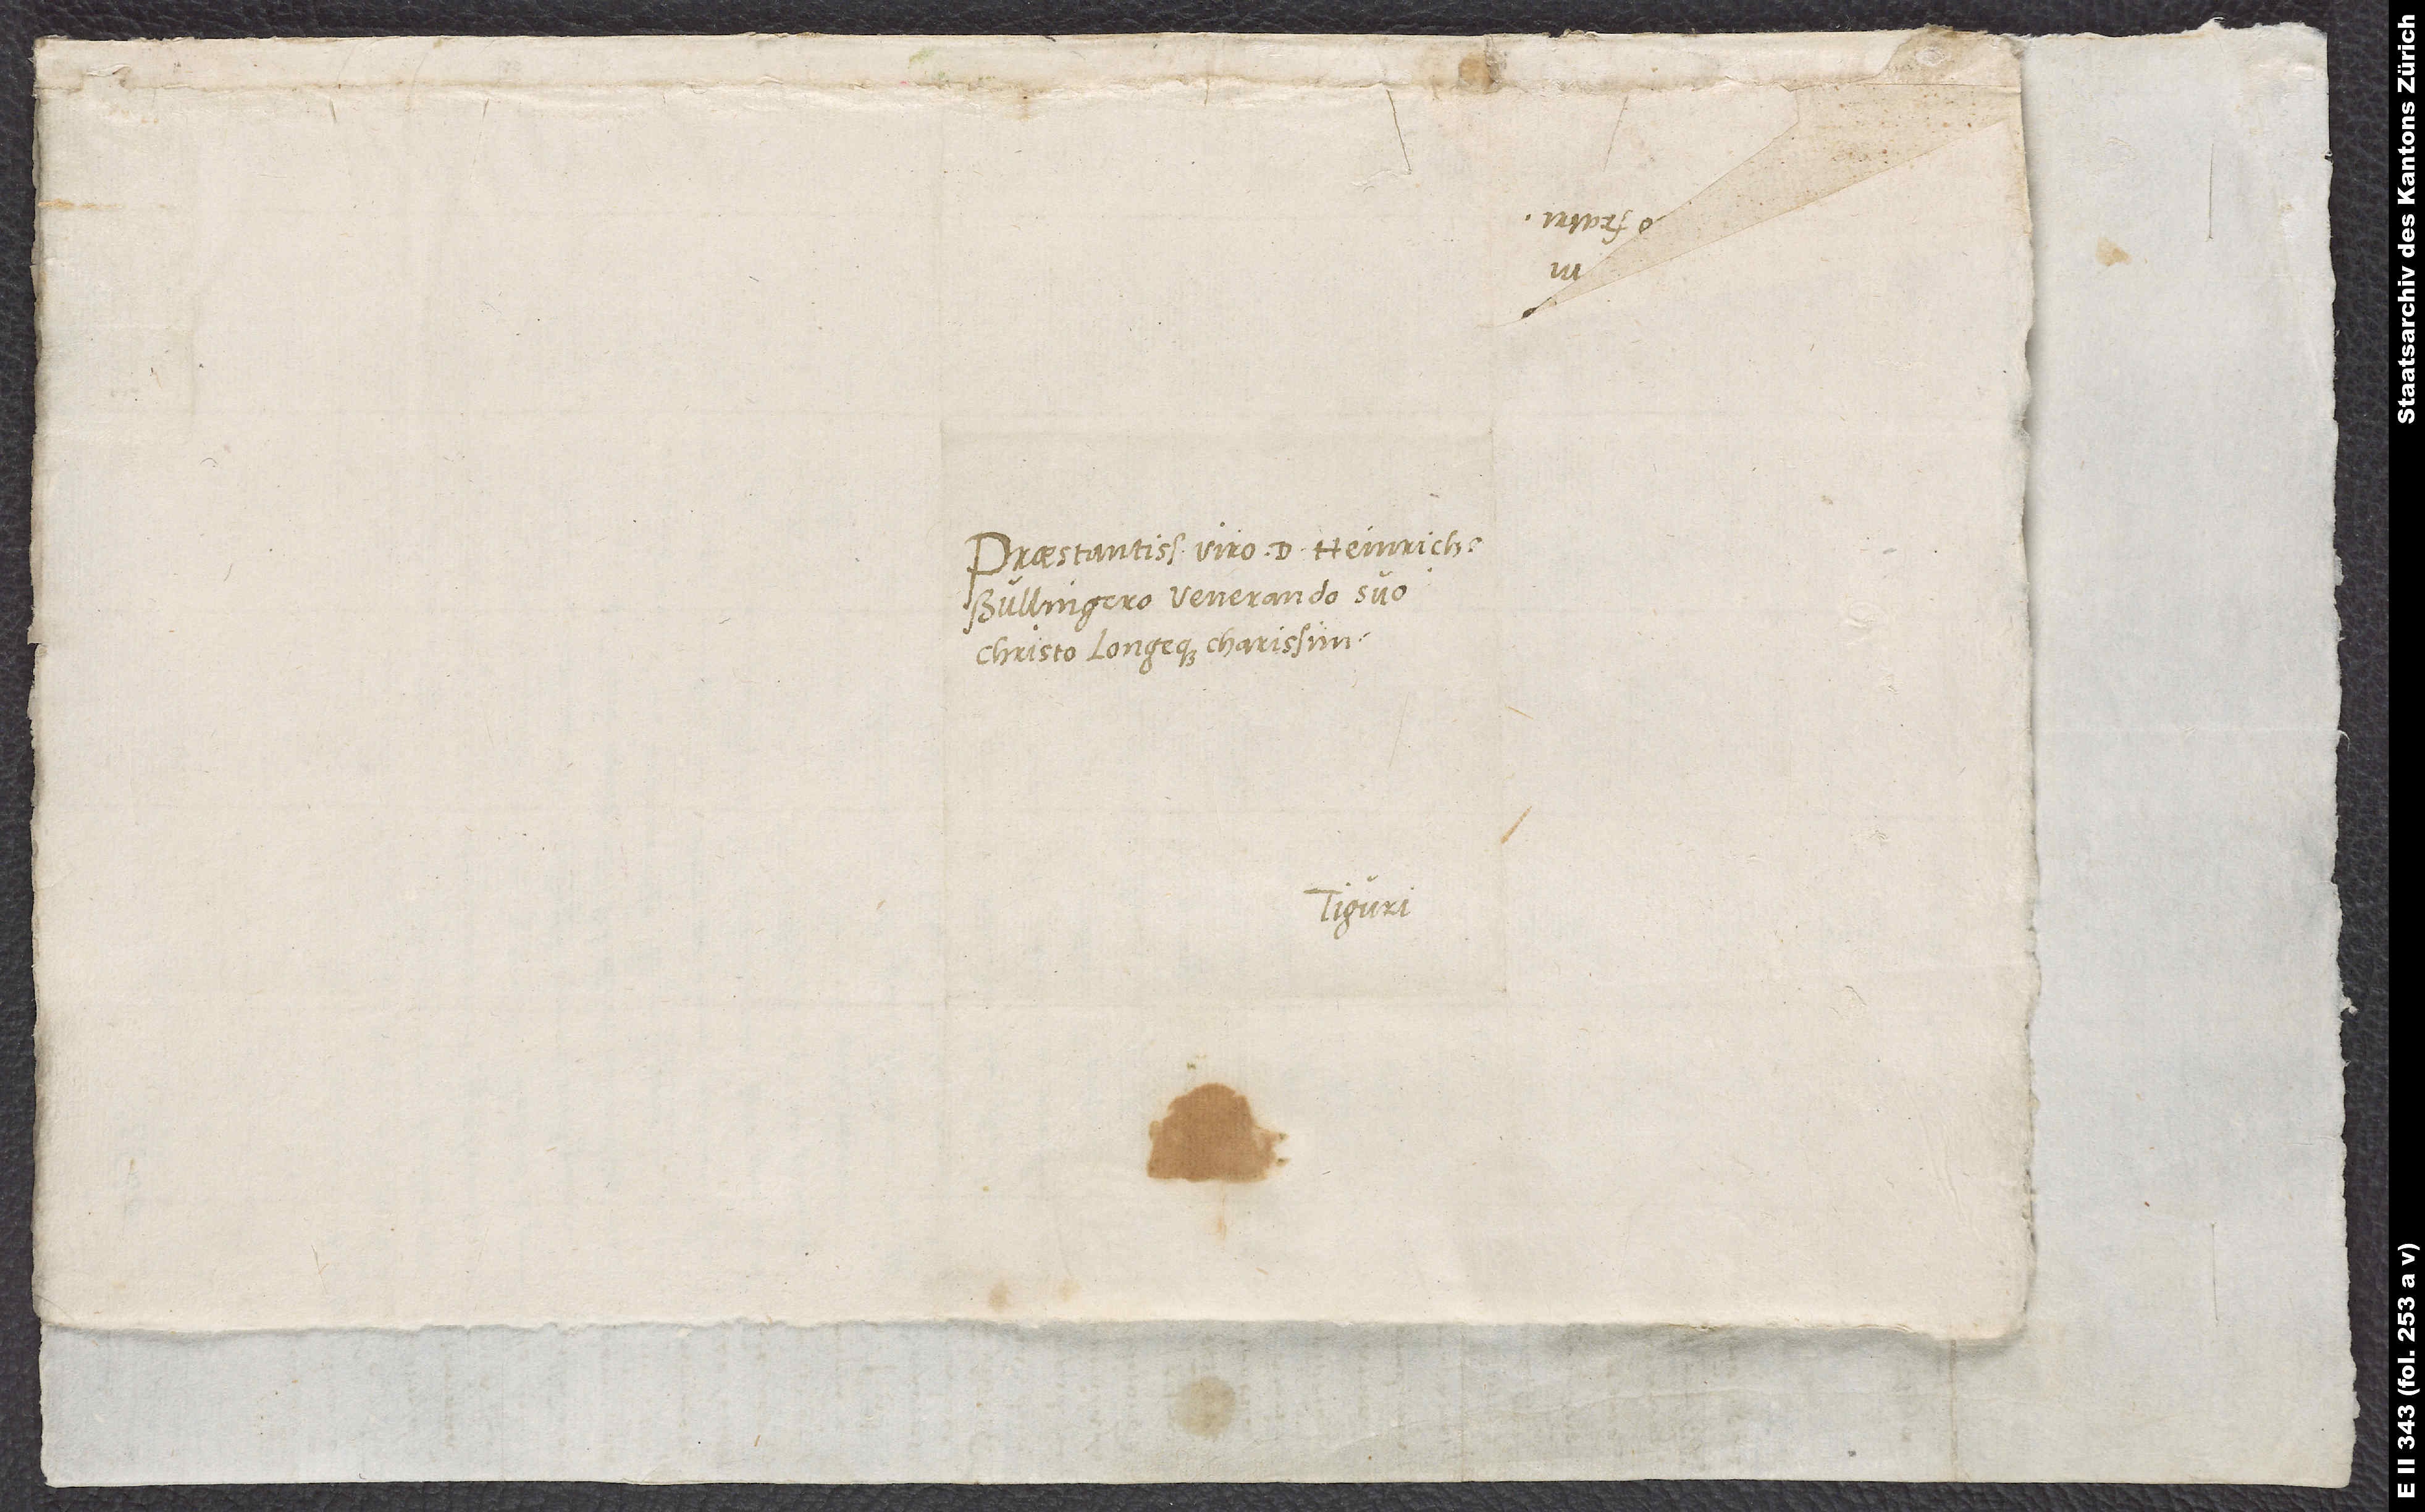
Praestantissimo viro d. Heinricho
Bullingero, venerando suo
Christo longeque charissimo
Tiguri.